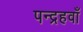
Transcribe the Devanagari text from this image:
पन्द्रहवाँ